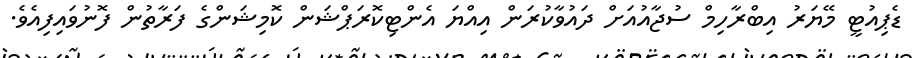
ޑެޕިއުޓީ މޭޔަރު އިބްރާހިމް ސުޖާއުއަށް ދައުވާކުރަން އިއްޔަ އެންޓިކޮރަޕްޝަން ކޮމިޝަންގެ ފަރާތުން ފޮނުވައިފިއެވެ.